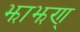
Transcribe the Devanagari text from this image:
झाझण्